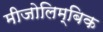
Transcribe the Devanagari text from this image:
मीजोलिम्बिक